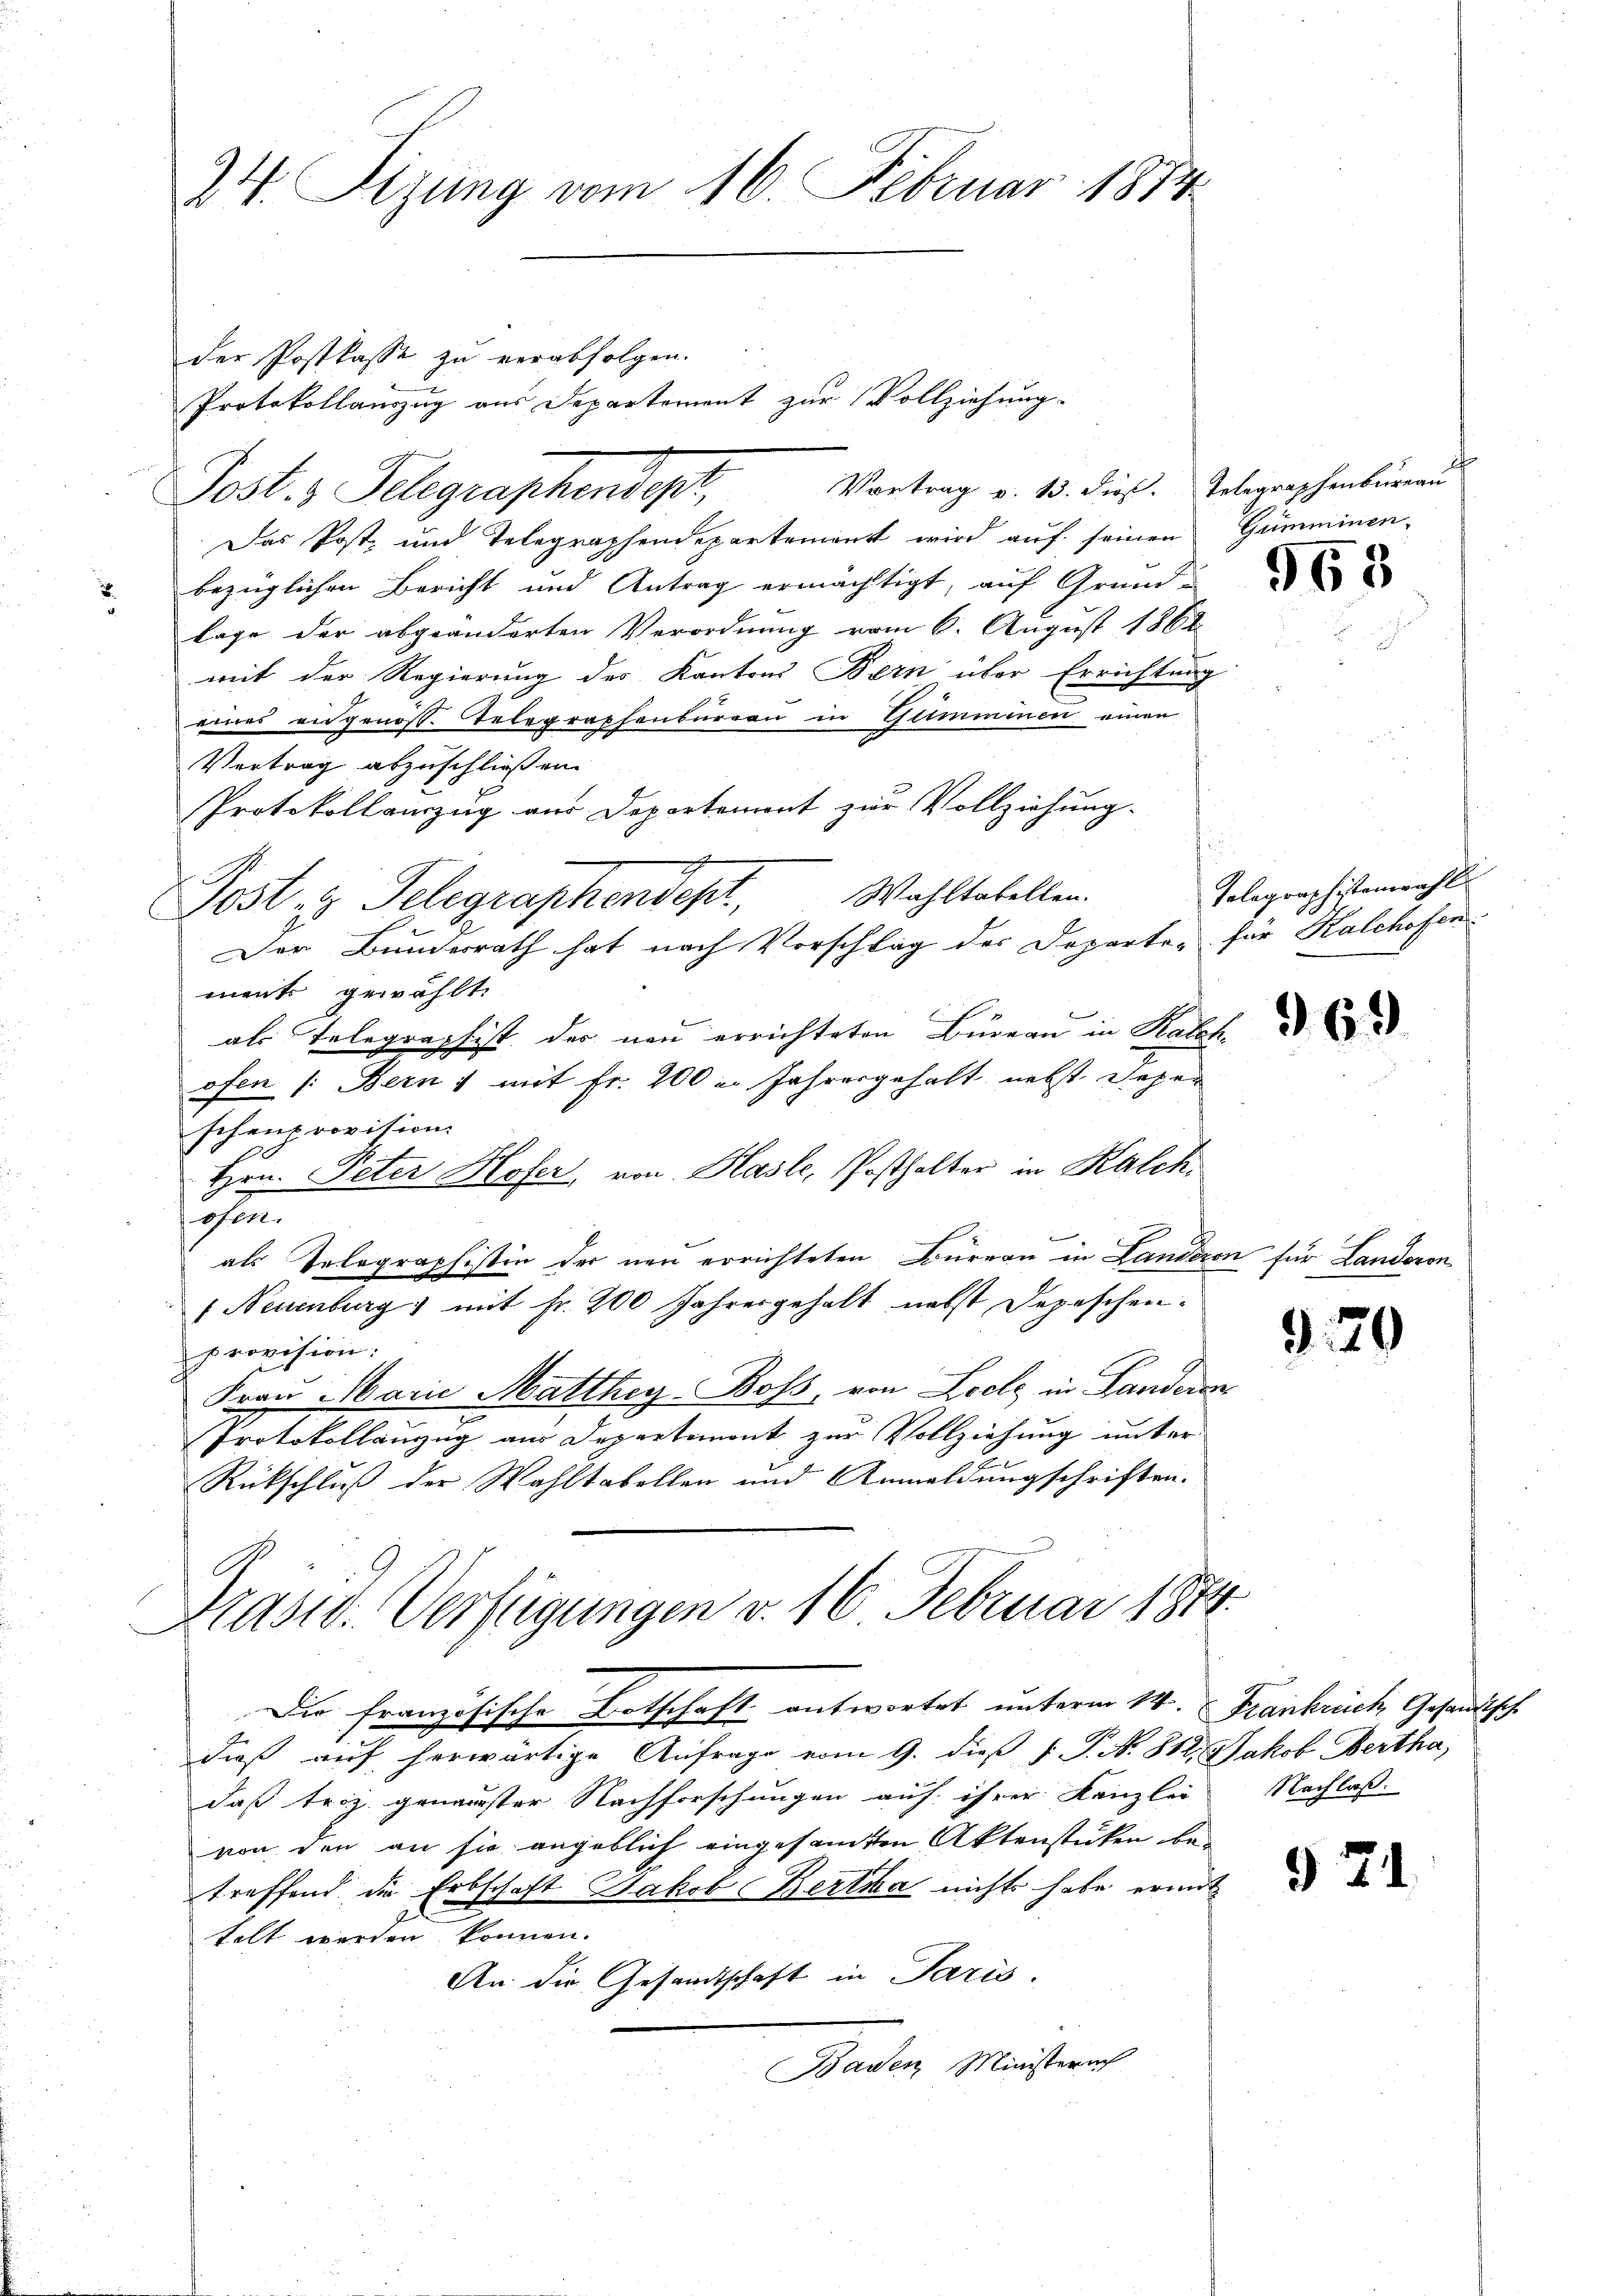
24. Sizung vom 16. Februar 1874.

der Postkasse zu verabfolgen.
Protokollanzug aus Departement zur Vollziehung.
Vortrag v. 13. dieß. Telegraphenbureau
Das Post- und Telegraphendepartement wird auf seinen Gumminen-
bezüglichen Bericht und Antrag ermächtigt, auf Grund-
lage der abgeänderten Verordnung vom 6. August 1862.
mit der Regierung des Kantons Bern über Errichtung
eines eidgenoss. Telegraphenbureau in Gumminen einen
Vertrag abzuschließen.
Protokollenzug aus Departement zur Vollziehung.
m
Post- & Telegraphensept, Wahltabellen.
Der Bunderrath hat nach Vorschlag der Departe, für Kalchofen
ment gewählt.
als Telegraphist der neu errichteten Büreau in Rathofen /: Bern & mit Fr. 200 u. Jahresgehalt nebst Depen
schenprovision.
Hrn. Peter Hofer, von Hasle, Posthalter in Kalch
ehen.
als Telegraphistin der neu errichteten Büreau in Landeren für Landeron
(Neuenburg mit fr. 200 Jahresgehalt nebst Depeschen.
provision.
Frau Marie Matthig. Boss, von Loche in Landeren
Protokollanzug aus Departement zur Vollziehung unter
Rückschluß der Wahltabellen und Anmeldungschriften.

Post. 3. Klagraphendepl

Präsid. Verfügungen v. 16. Februar 1874.
Die französische Botschaft antwortet unterm 14. Frankreich Gesandtsch.

i

dieß auf herwärtige Anfrage vom 9. dieß P. P. N. 812. Jakob Bertha,
daß triz genanster Nachforschungen auf ihrer Kanzlei
von den an sie angeblich eingesamten Aktenstücken be
treffend die Erbschaft Jakob Bertha nichts habe ermit
telt werden können.
An die Gesandtschaft in Paris.
Bauen Ministerich

965

Polographistenzahl

369

329

Nachlaß.

9 21